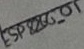
Text: ESP8266-01